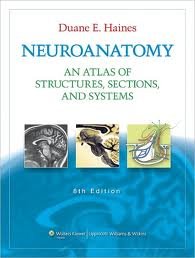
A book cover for Neuroanatomy: An Atlas of Structures, Sections, and Systems (Neuroanatomy: An Atlas of Strutures, Sections, and Systems (Haines)) Eighth, North American Edition; Duane E. Haines PhD; Medical Books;